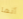
أنها